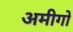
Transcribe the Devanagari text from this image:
अमीगो